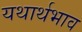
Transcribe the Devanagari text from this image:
यथार्थभाव